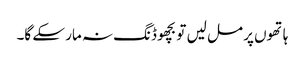
ہاتھوں پر مل لیں تو بچھو ڈنگ نہ مار سکے گا۔